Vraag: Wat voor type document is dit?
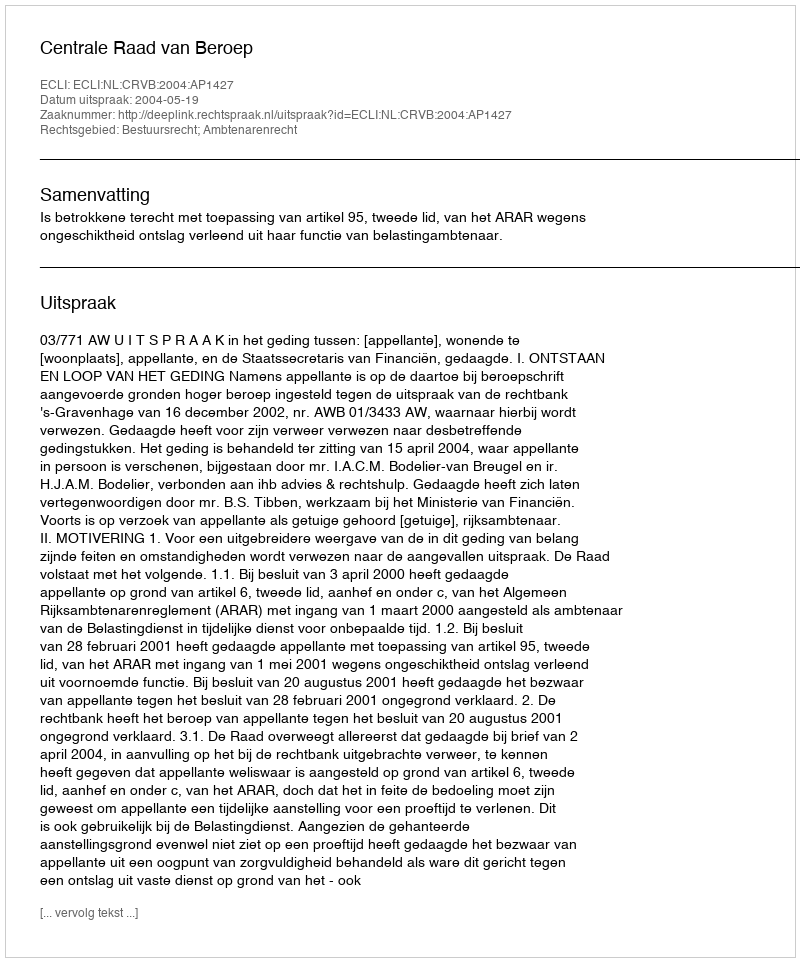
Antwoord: Uitspraak